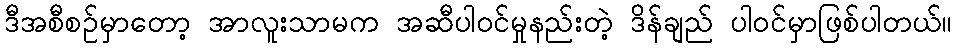
ဒီအစီစဉ်မှာတော့ အာလူးသာမက အဆီပါဝင်မှုနည်းတဲ့ ဒိန်ချည် ပါဝင်မှာဖြစ်ပါတယ်။